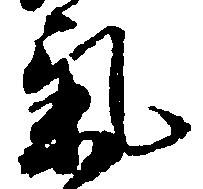
気